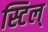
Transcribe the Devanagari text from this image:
स्टिल्